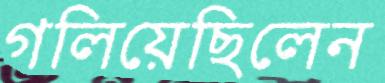
গলিয়েছিলেন